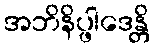
အဘိနိပ္ဖါဒေန္တိ